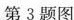
第3题图